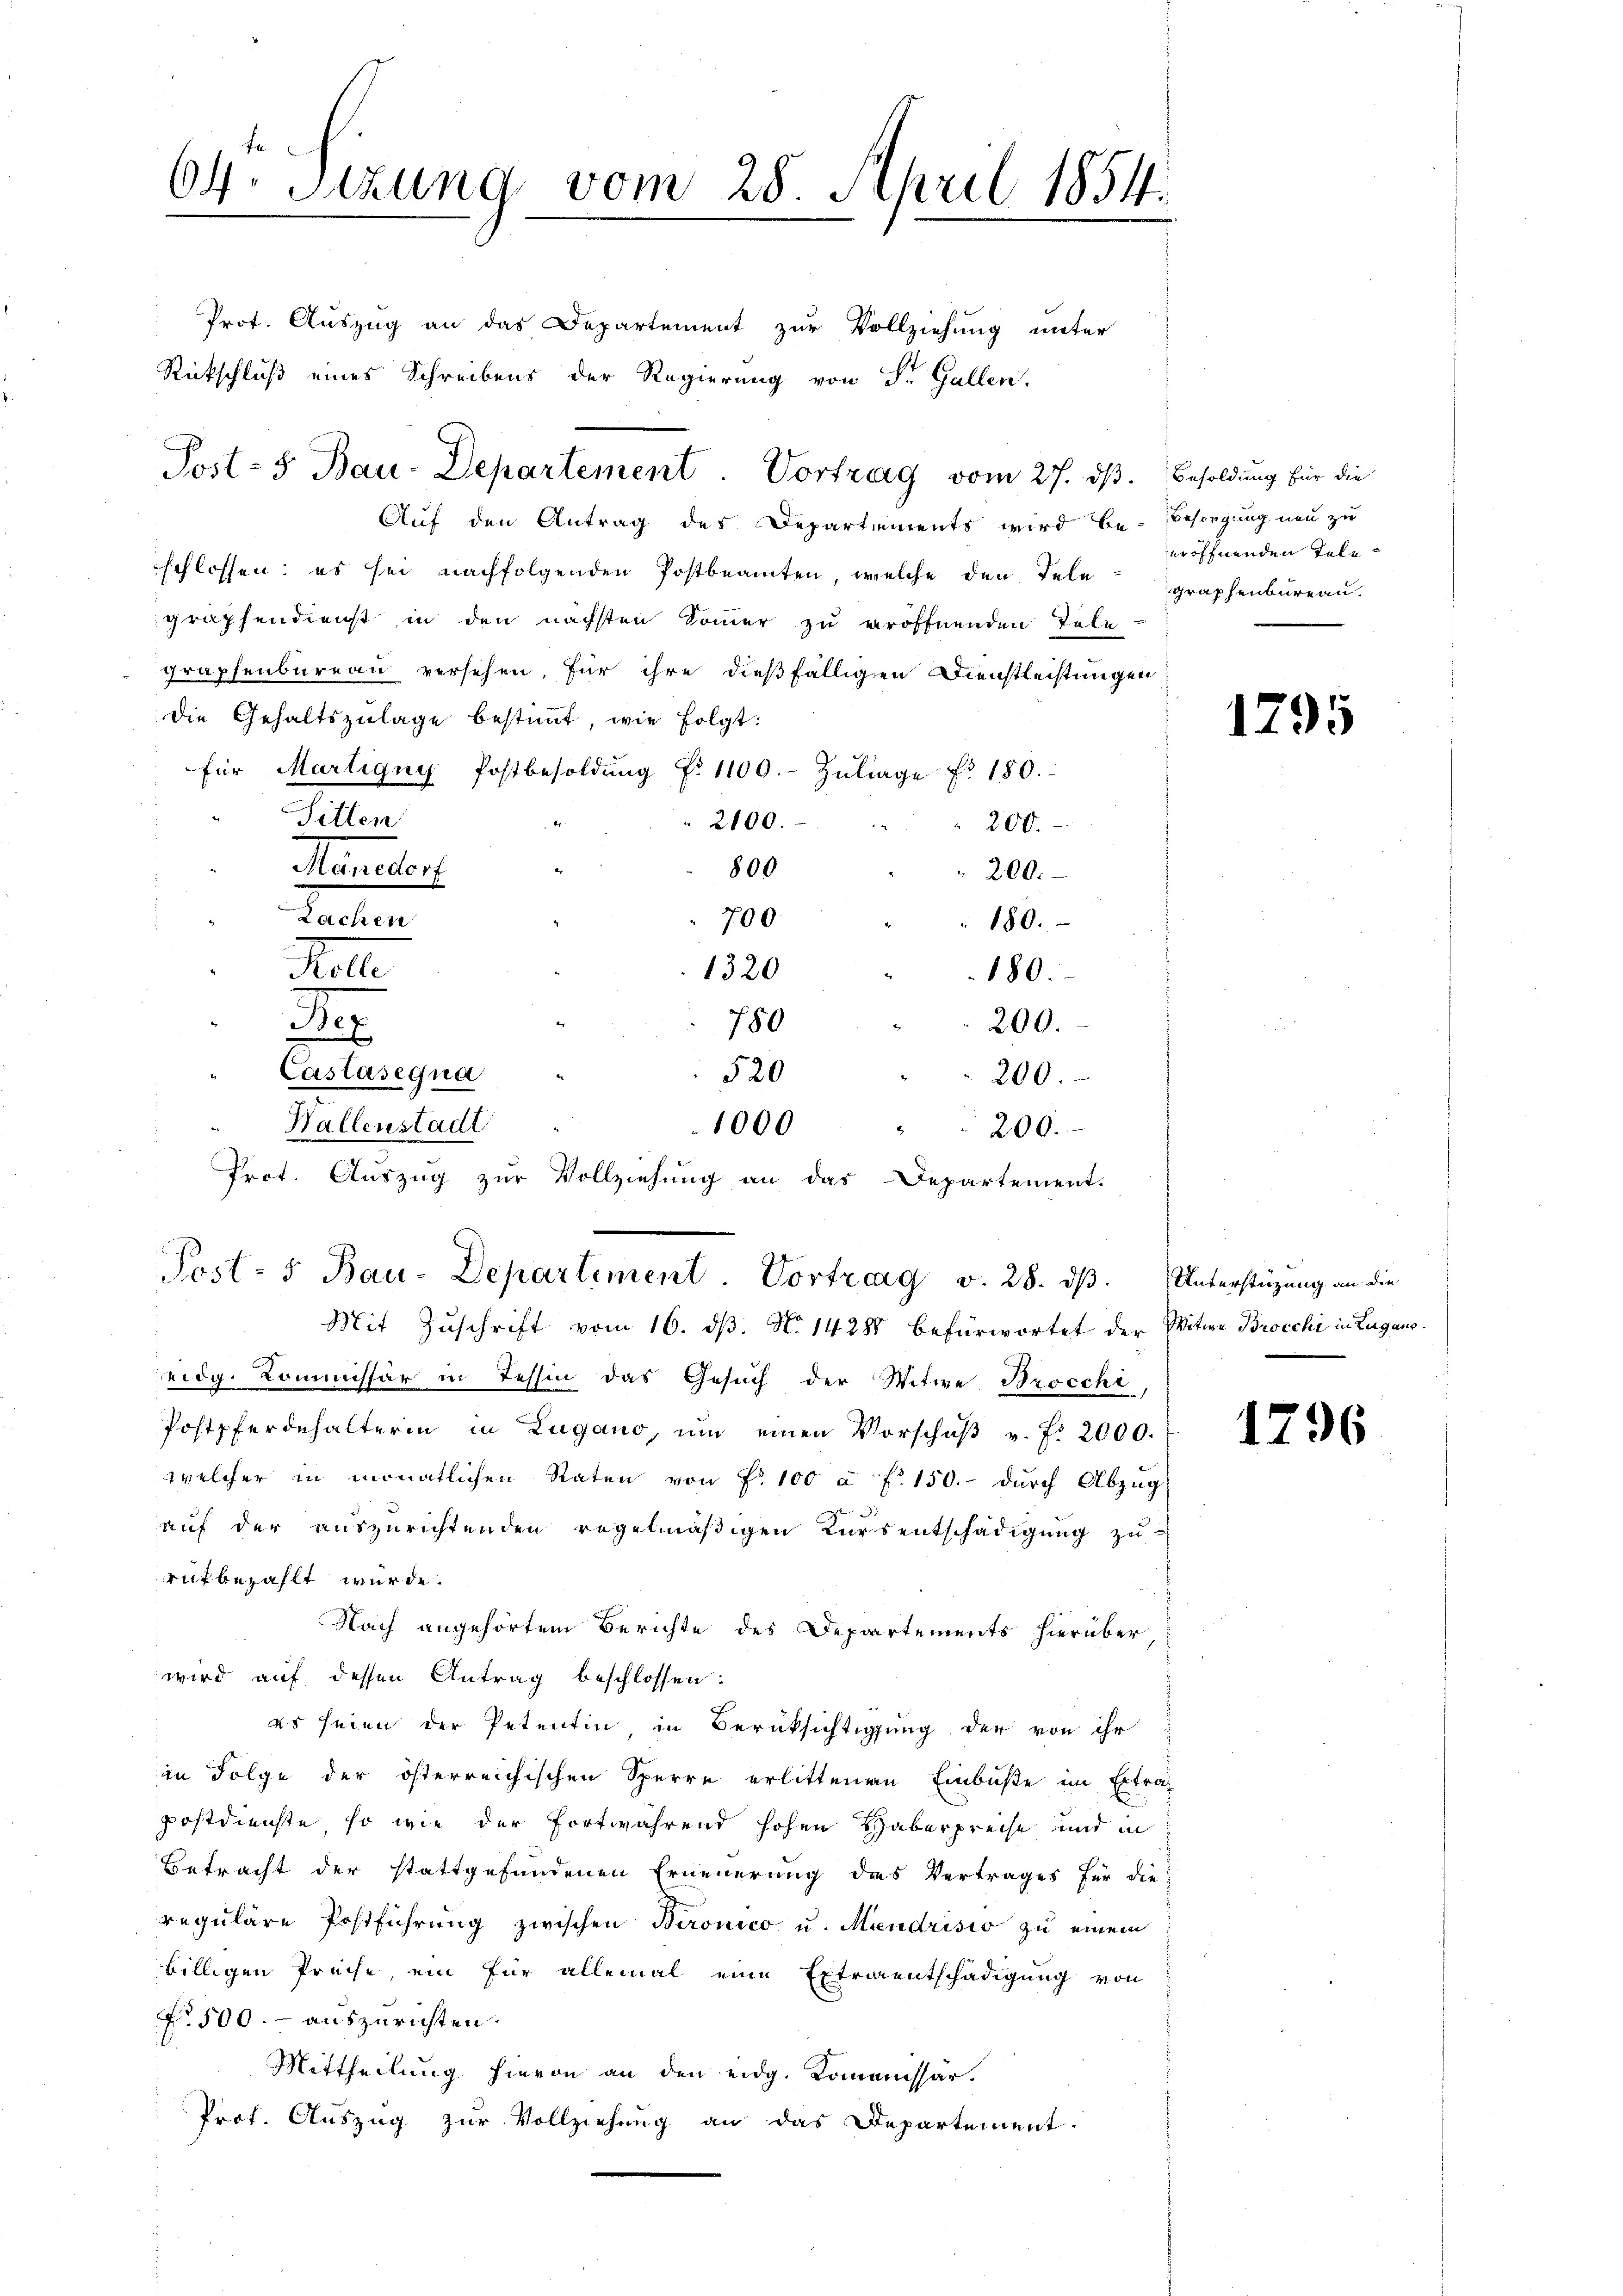
64. Sizung vom 28. April 1854.

Post- 5. Bau-Departement. Vortrag vom 27. dβ. Besoldung für die

Prot. Auszug an das Departement zur Vollziehung unter
Rückschluß eines Schreibens der Regierung von S. Gallen.
Auf den Antrag des Departements wird be-Besorgung neu zu
schlossen; es sei nachfolgenden Postbeamten, welche den Telegraphenbureau.
graphendienst in den nächsten Sommer zu eröffnenden Tele
graphenbureau versehen, für ihre dießfälligen Dienstleistungen
die Gehaltszulage bestimmt, wie folgt:
für Martigny Postbesoldŭng No 1100.- Zŭliage fr. 180.
Sitten
2100.
200.
Manedorf
800
200.
Rachen
700.
180.
Rete
1320
180.
J
780
200.
520
Castasegna
200.
Hallenstadt
1000
200.
Prot. Auszug zur Vollziehung an das Departement.

Post- u Bau-Departiment Vortrag v. 28. dβ. Unterstüzung an die
Mit Zŭschrift vom 16. dβ. N. 14288 befürwortet der Witwe Brocchi in Lugano¬

eröffnenden Tele¬

eidg. Kommissär in Tessin das Gesuch der Witwe Brocchi
Postpferdehalterin in Zugano, um einen Vorschŭβ u. f. 2000.
welcher in monatlichen Raten von Fr. 100 à f 150.- durch Abzug
f
auf der auszurichtenden regelmäßigen Kursentschädigung zu
rut bezahlt wurde.
Nach angehörtem Berichte des Departements hierüber,
wird auf dessen Antrag beschlossen:
es seien der Petentin in Berücksichtigung der von ihr
in Folge der österreichischen Sperre erlittenen Einbuße im Ertrag
postdienste, so wie der fortwährend hohen Haberpreise und in
Betracht der stattgefundenen Erneuerung des Vertrages für die
regulare Postführung zwischen Beronico u. Mendrisio zu einem
billigen Preise, ein für allemal eine Extraentschädigung von
No 500.- auszurichten.
Mittheilung hievon an den eidg. Kommissar.
Prof. Auszug zur Vollziehung an das Departement.

1795

1796